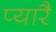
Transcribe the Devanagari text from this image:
प्यारै